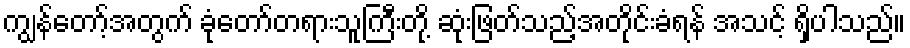
ကျွန်တော့်အတွက် ခုံတော်တရားသူကြီးတို့ ဆုံးဖြတ်သည့်အတိုင်းခံရန် အသင့် ရှိပါသည်။